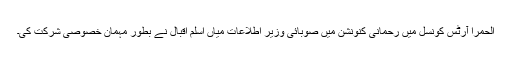
الحمرا آرٹس کونسل میں رحمانی کنونشن میں صوبائی وزیر اطلاعات میاں اسلم اقبال نے بطور مہمان خصوصی شرکت کی۔